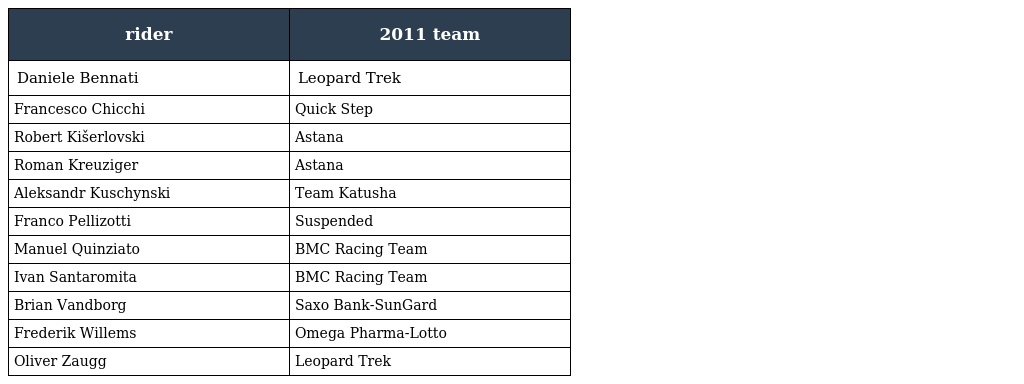
| rider | 2011 team |
 | --- | --- |
 | Daniele Bennati | Leopard Trek |
 | Francesco Chicchi | Quick Step |
 | Robert Kišerlovski | Astana |
 | Roman Kreuziger | Astana |
 | Aleksandr Kuschynski | Team Katusha |
 | Franco Pellizotti | Suspended |
 | Manuel Quinziato | BMC Racing Team |
 | Ivan Santaromita | BMC Racing Team |
 | Brian Vandborg | Saxo Bank-SunGard |
 | Frederik Willems | Omega Pharma-Lotto |
 | Oliver Zaugg | Leopard Trek |